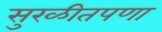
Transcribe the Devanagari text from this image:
सुरळीतपणा